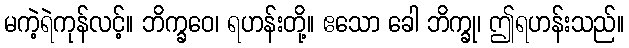
မကဲ့ရဲကုန်လင့်။ ဘိက္ခဝေ၊ ရဟန်းတို့။ ဧသော ခေါ ဘိက္ခု၊ ဤရဟန်းသည်။